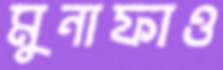
মুনাফাও